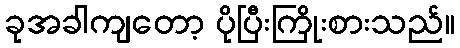
ခုအခါကျတော့ ပိုပြီးကြိုးစားသည်။